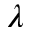
\lambda